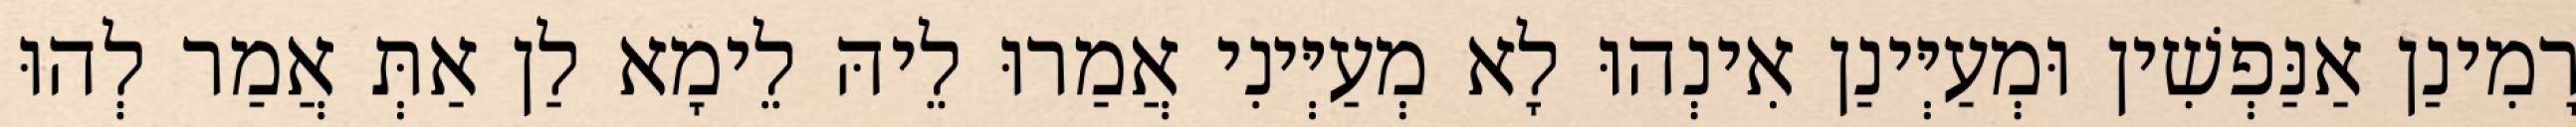
רָמִינַן אַנַּפְשִׁין וּמְעַיְּינַן אִינְהוּ לָא מְעַיְּינִי אֲמַרוּ לֵיהּ לֵימָא לַן אַתְּ אֲמַר לְהוּ